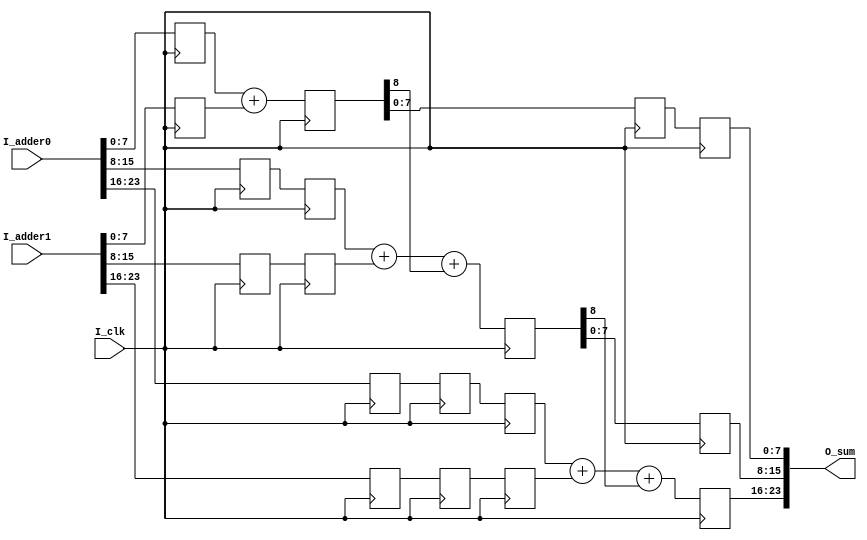
`timescale 1ns / 1ps
//////////////////////////////////////////////////////////////////////////////////
// Company: 
// Engineer: 
// 
// Design Name: 
// Module Name: 8bit_add
// Project Name: 
// Target Devices: 
// Tool Versions: 
// Description: 
// the result will be output after 3clks
// Dependencies: 
// 
// Revision:
// Revision 0.01 - File Created
// Additional Comments:
// 
//////////////////////////////////////////////////////////////////////////////////


module a8bit_add(
    input         I_clk,
    input  [23:0] I_adder0,
    input  [23:0] I_adder1,
    output [23:0] O_sum
    );
    
    reg  [7:0]   S_adder00=0;
    reg  [7:0]   S_adder01=0;
    reg  [7:0]   S_adder02=0;
    reg  [7:0]   S_adder10=0;
    reg  [7:0]   S_adder11=0;
    reg  [7:0]   S_adder12=0;
    reg  [8:0]   S_sum00=0;
    reg  [8:0]   S_sum01=0;
    reg  [8:0]   S_sum02=0;
    
    reg  [7:0]   S_adder01_d1=0;
    reg  [7:0]   S_adder02_d1=0;
    reg  [7:0]   S_adder02_d2=0;
    reg  [7:0]   S_adder11_d1=0;
    reg  [7:0]   S_adder12_d1=0;
    reg  [7:0]   S_adder12_d2=0;
    reg  [7:0]   S_sum00_d1=0;
    reg  [7:0]   S_sum00_d2=0;
    reg  [7:0]   S_sum01_d1=0;
    
    always@ (posedge I_clk)
    begin
        S_adder00 <= I_adder0[7:0];
        S_adder01 <= I_adder0[15:8];
        S_adder02 <= I_adder0[23:16];
    
        S_adder10 <= I_adder1[7:0];
        S_adder11 <= I_adder1[15:8];
        S_adder12 <= I_adder1[23:16];
    end
    
    always@ (posedge I_clk)
    begin
        S_adder01_d1 <= S_adder01;
        S_adder02_d1 <= S_adder02;
        S_adder02_d2 <= S_adder02_d1;
        
        S_adder11_d1 <= S_adder11;
        S_adder12_d1 <= S_adder12;
        S_adder12_d2 <= S_adder12_d1;
    end
    
    always@ (posedge I_clk)
    begin
        S_sum00 <= S_adder00 + S_adder10;
        S_sum01 <= S_adder01_d1 + S_adder11_d1 + S_sum00[8];
        S_sum02 <= S_adder02_d2 + S_adder12_d2 + S_sum01[8];
    end
    
    always@ (posedge I_clk)
    begin
        S_sum00_d1 <= S_sum00;
        S_sum00_d2 <= S_sum00_d1;
        S_sum01_d1 <= S_sum01;
    end
    
    assign O_sum = {S_sum02[7:0],S_sum01_d1[7:0],S_sum00_d2[7:0]};
    
endmodule